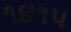
૧૪૧૫